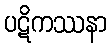
ပဋိကဿနာ